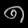
Digit: ၈